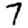
Digit: 7